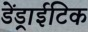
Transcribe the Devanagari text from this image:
डेंड्राईटिक